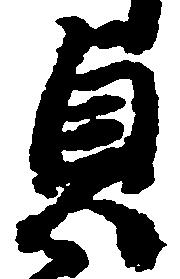
貞